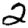
Digit: 2